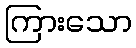
ကြားသော